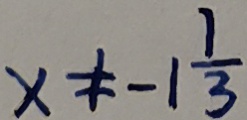
x \neq - 1 \frac { 1 } { 3 }